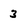
Character: 3